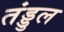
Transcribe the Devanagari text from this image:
तंड्डुल